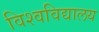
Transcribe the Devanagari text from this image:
विश्‍वविद्यालय